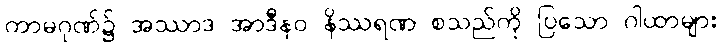
ကာမဂုဏ်၌ အဿာဒ အာဒီနဝ နိဿရဏ စသည်ကို ပြသော ဂါထာများ